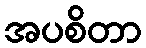
အပစိတာ